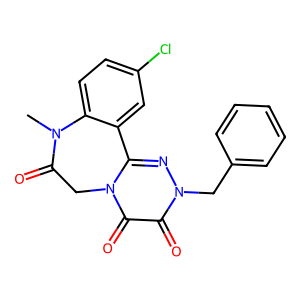
SMILES: CN1C(=O)Cn2c(nn(Cc3ccccc3)c(=O)c2=O)-c2cc(Cl)ccc21
Inhibits HIV replication: Yes